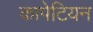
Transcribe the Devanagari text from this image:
कापेटियन